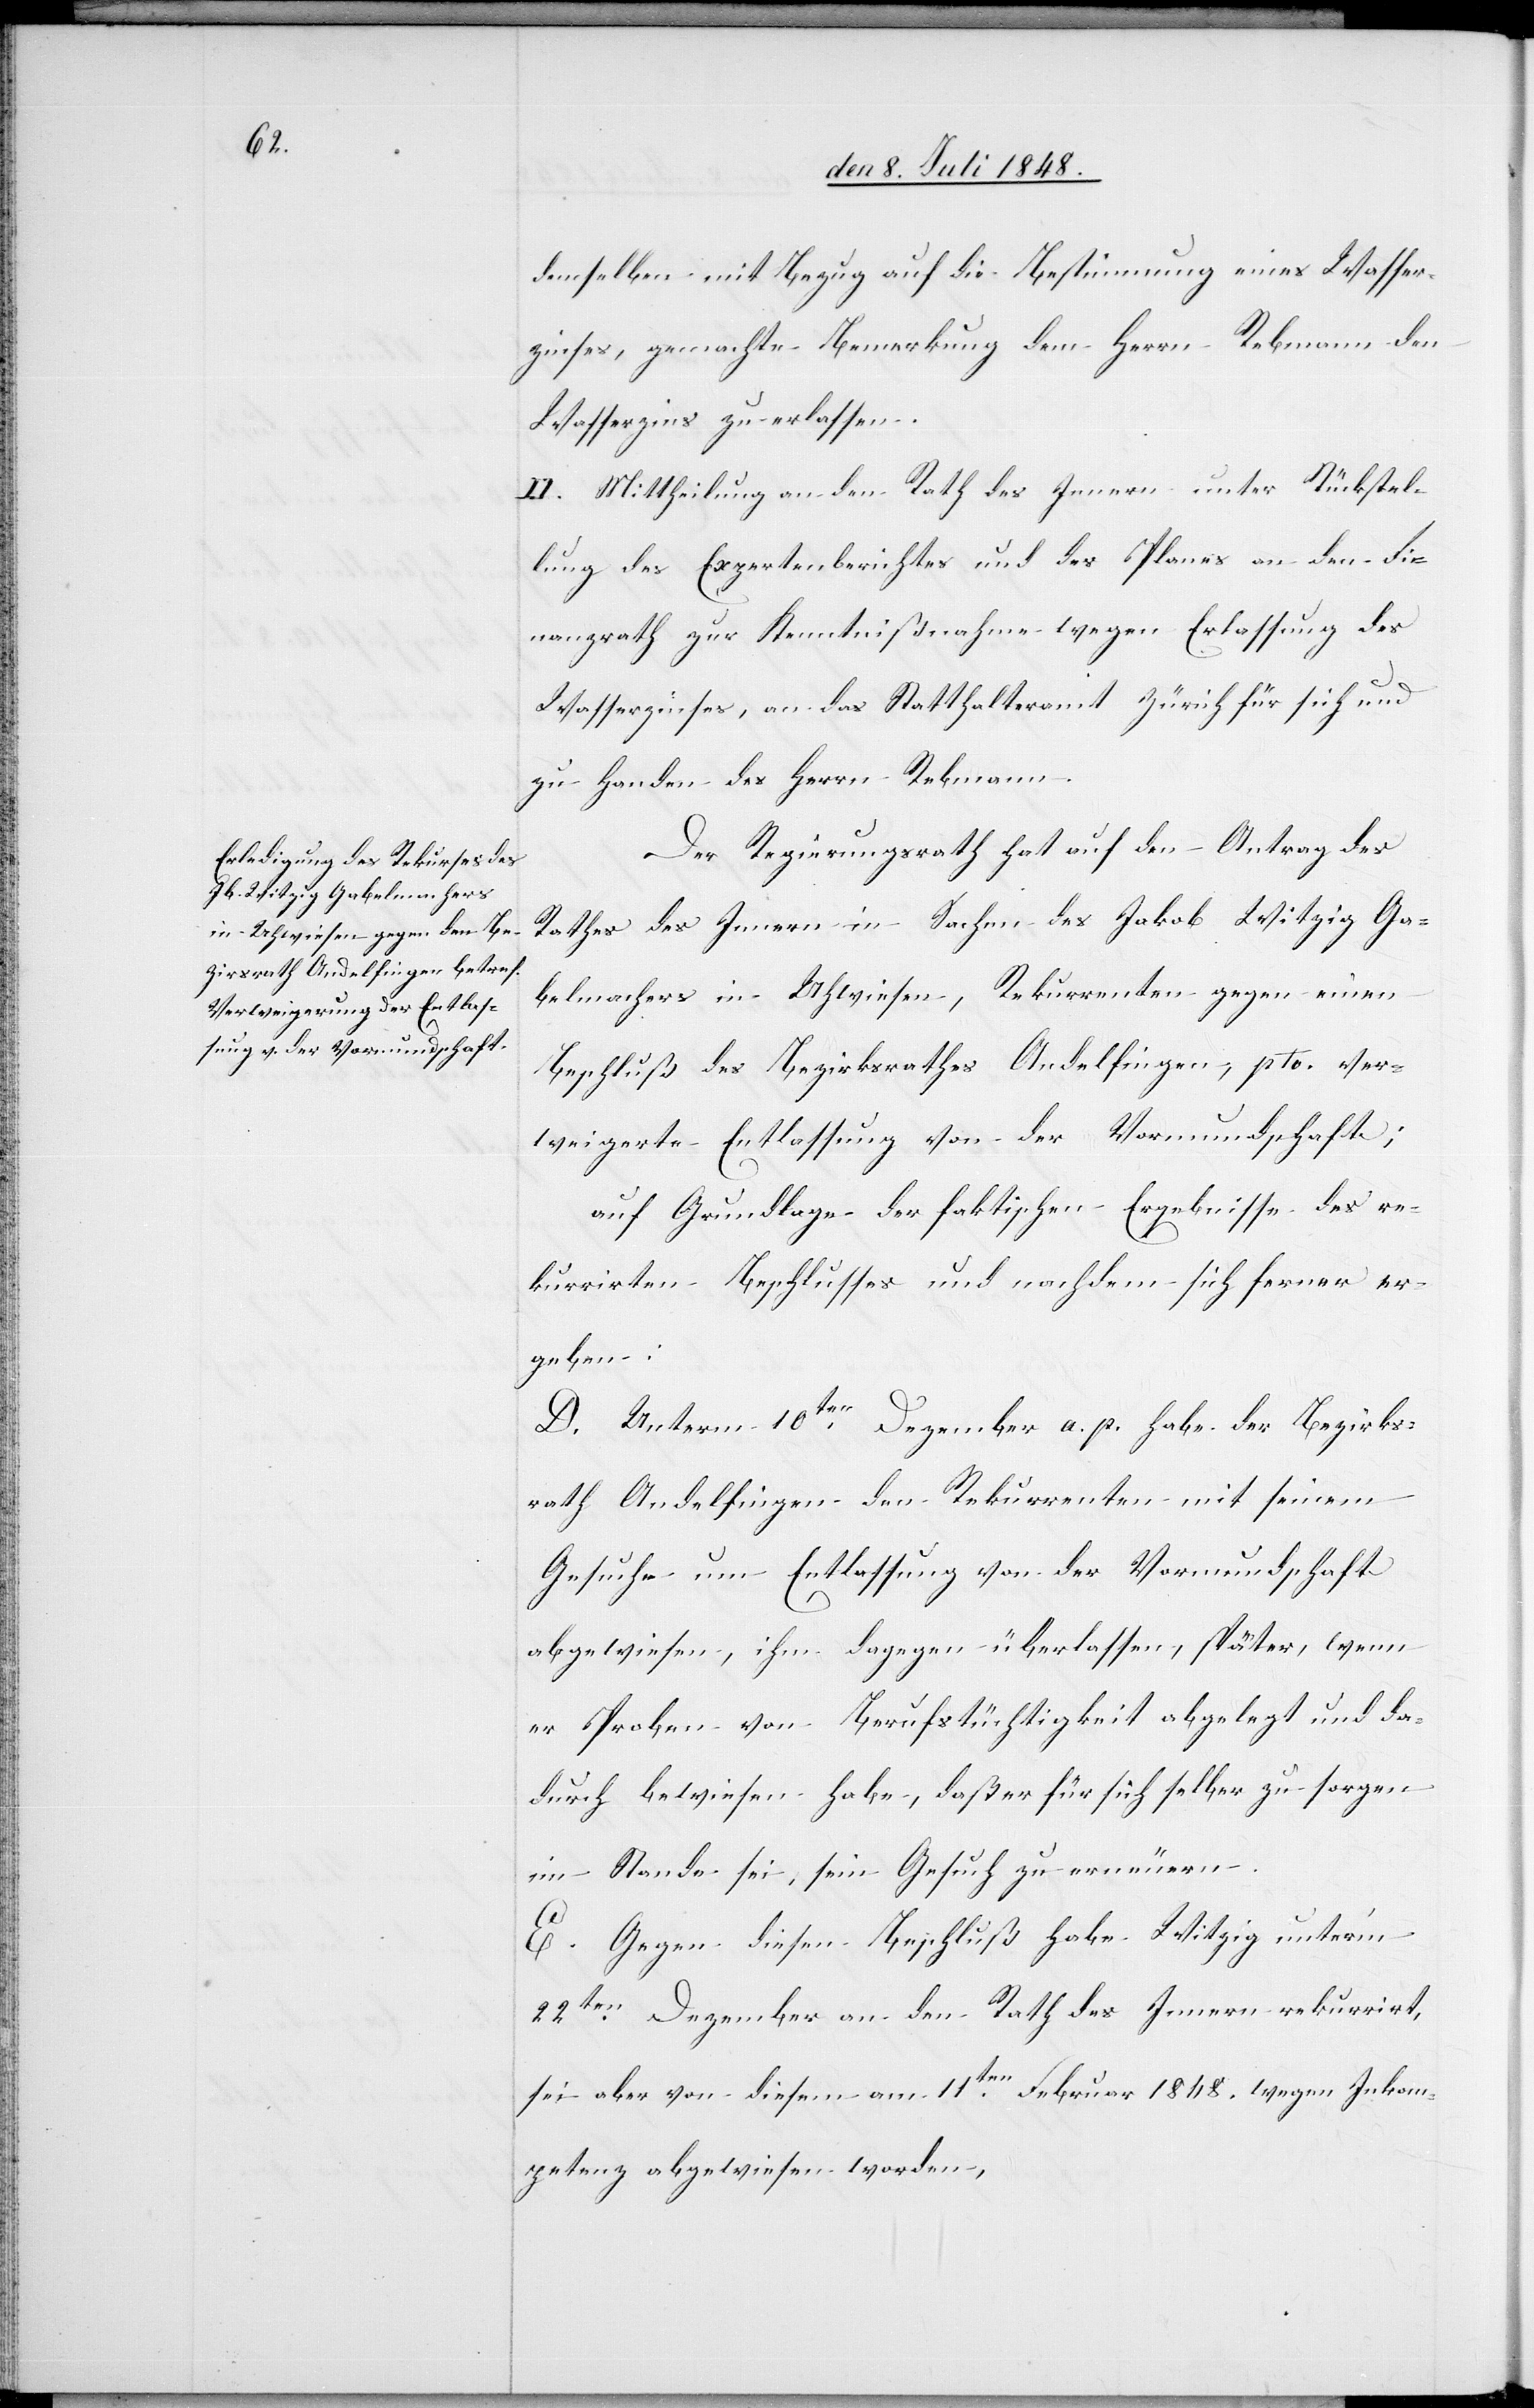
demselben mit Bezug auf die Bestimmung eines Wasser¬
zinsens, gemachte Bemerkung dem Herrn Rebmann den
Wasserzins zu erlassen.
II. Mittheilung an den Rath des Innern unter Rückstel¬
lung des Expertenberichtes und des Planes an den Fi¬
nanzrath zur Kenntnißnahme wegen Erlassung des
Wasserzinses, an das Statthalteramt Zürich für sich und
zu Handen des Herrn Rebmann.
Der Regierungsrath hat auf den Antrag des
Rathes des Innern in Sachen des Jakob Witzig Ga¬
belmachers in Uhwiesen, Rekurrenten gegen einen
Beschluß des Bezirksrathes Andelfingen, pto. ver¬
weigerte Entlassung von der Vormundschaft;
auf Grundlage der faktischen Ergebnisse des re¬
kurrirten Beschlusses und nachdem sich ferner er¬
geben:
D. Unterm 10ten Dezember a. p. habe der Bezirks¬
rath Andelfingen den Rekurrenten mit seinem
Gesuche um Entlassung von der Vormundschaft
abgewiesen, ihm dagegen überlassen, später, wenn
er Proben von Berufstüchtigkeit abgelegt und da¬
durch bewiesen habe, daß er für sich selber zu sorgen
im Stande sei, sein Gesuch zu erneuern.
E. Gegen diesen Beschluß habe Witzig unter’m
22ten Dezember an den Rath des Innern rekurrirt,
sei aber von diesem am 11ten Februar 1848. wegen Inkom¬
petenz abgewiesen worden,